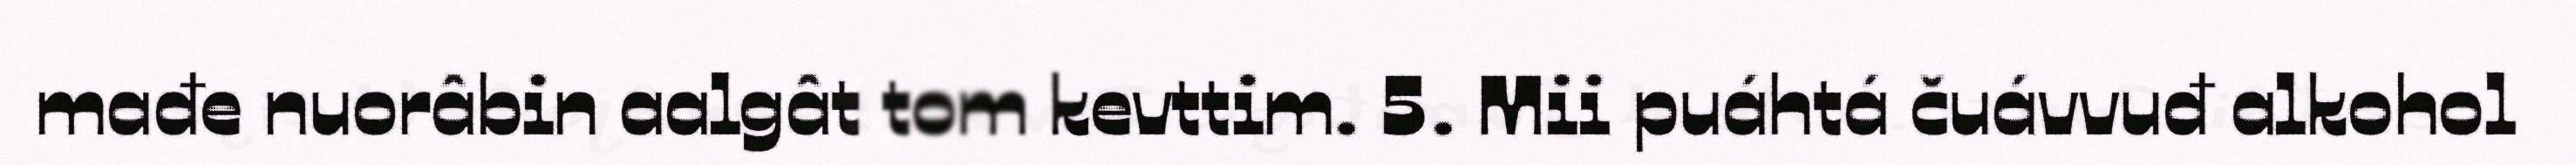
mađe nuorâbin aalgât tom kevttim. 5. Mii puáhtá čuávvuđ alkohol